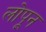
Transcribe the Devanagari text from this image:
लोपून